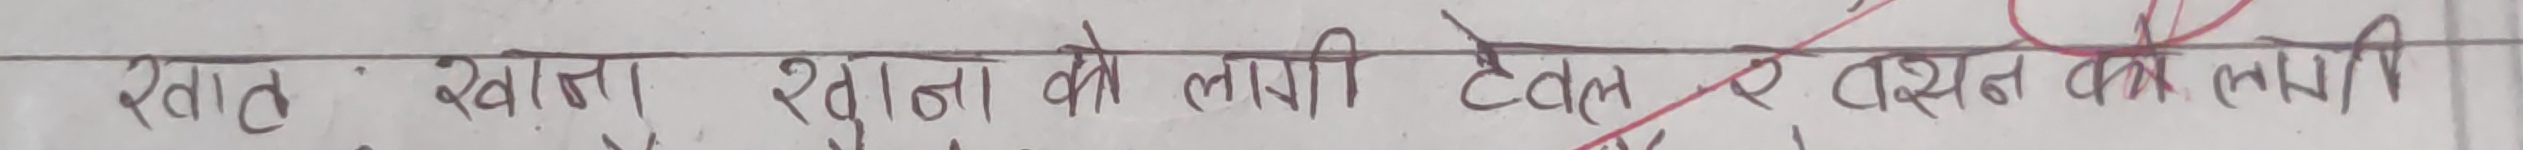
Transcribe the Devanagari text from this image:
स्वात्त खास शुगिना को लागी टबल र दर्शन का लागी